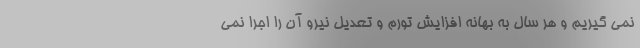
نمی گیریم و هر سال به بهانه افزایش تورم و تعدیل نیرو آن را اجرا نمی